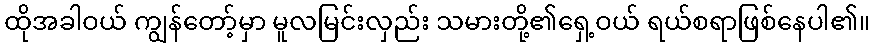
ထိုအခါဝယ် ကျွန်တော့်မှာ မူလမြင်းလှည်း သမားတို့၏ရှေ့ဝယ် ရယ်စရာဖြစ်နေပါ၏။